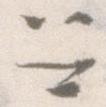
召